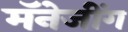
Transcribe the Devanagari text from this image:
मॅनेजींग